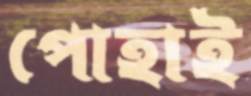
পোহাই